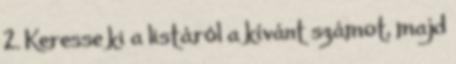
2. Keresse ki a listáról a kívánt számot, majd